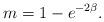
LaTeX: \begin{align*}m = 1-e^{-2\beta}. \end{align*}